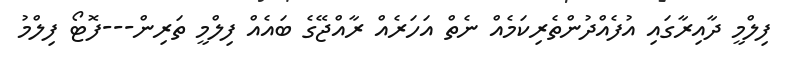
ފިލްމީ ދާއިރާގައި އުފެއްދުންތެރިކަމެއް ނެތް އަހަރެއް ރާއްޖޭގެ ބައެއް ފިލްމީ ތަރިން---ފޮޓޯ ފިލްމު